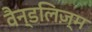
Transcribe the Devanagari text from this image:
वैन्डलिज़्म